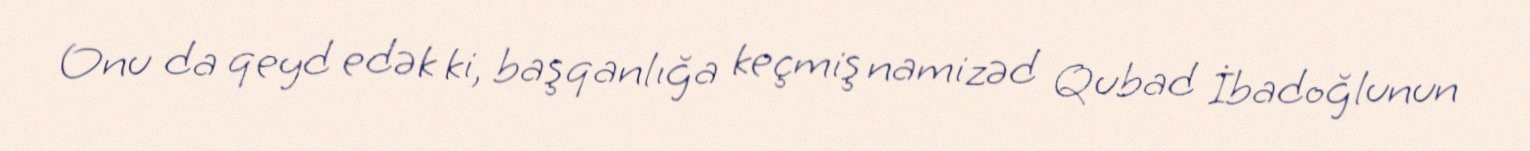
Onu da qeyd edək ki, başqanlığa keçmiş namizəd Qubad İbadoğlunun